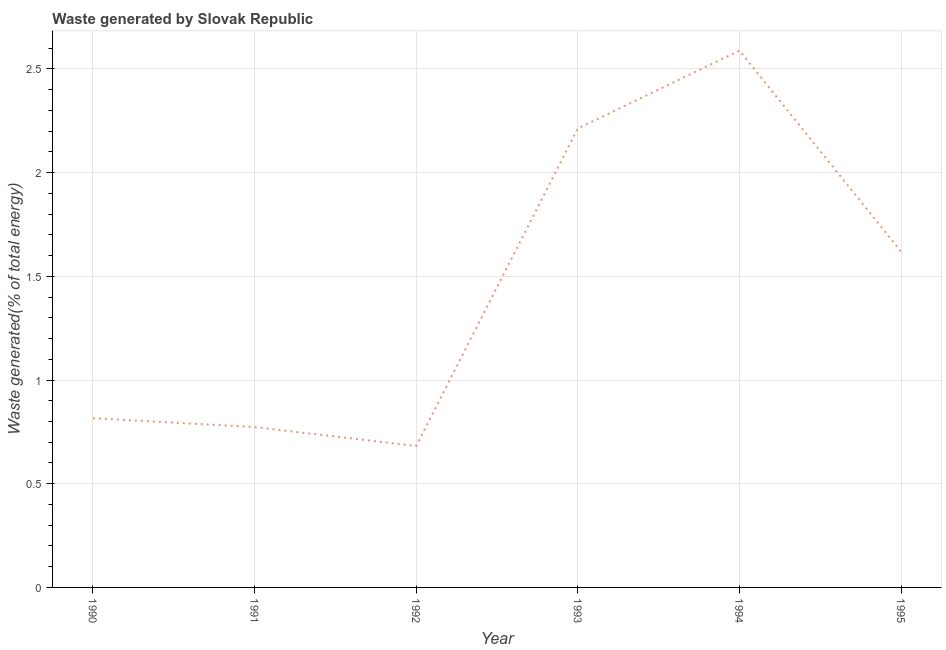
| Year | Combustible renewables and waste (% of total energy) |
 | --- | --- |
 | 1990 | 0.816 |
 | 1991 | 0.773 |
 | 1992 | 0.682 |
 | 1993 | 2.21 |
 | 1994 | 2.59 |
 | 1995 | 1.62 |